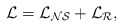
\begin{align*}\cal{L} = \cal{L}_{NS} + \cal{L}_R ,\end{align*}